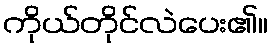
ကိုယ်တိုင်လဲပေး၏။